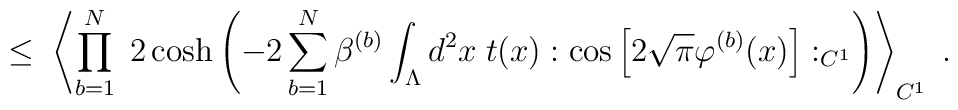
\leq \;\left\langle \prod_{b=1}^N \; 2 \cosh \left( -2 \sum_{b=1}^N \beta^{(b)}\int_{\Lambda} d^2 x  \; t(x): \cos\Big[ 2 \sqrt{\pi} \varphi^{(b)}(x) \Big] :_{C^1} \right)\right\rangle_{C^1}\; .